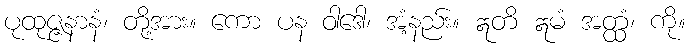
ပုထုဇ္ဇနာနံ၊ တို့အား။ ကော ပန ဝါဒေါ၊ အံ့နည်း။ ဣတိ ဣမံ အတ္ထံ၊ ကို။